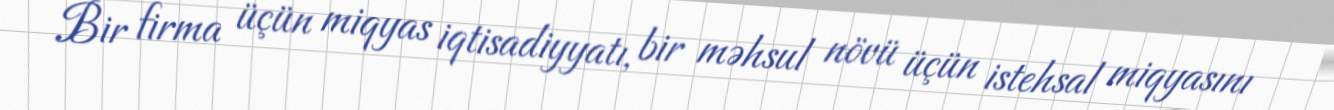
Bir firma üçün miqyas iqtisadiyyatı, bir məhsul növü üçün istehsal miqyasını